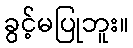
ခွင့်မပြုဘူး။